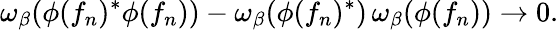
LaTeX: \omega_{\beta}(\phi(f_{n})^{*}\phi(f_{n}))-\omega_{\beta}(\phi(f_{n})^{*})\, \omega_{\beta}(\phi(f_{n}))\rightarrow 0.